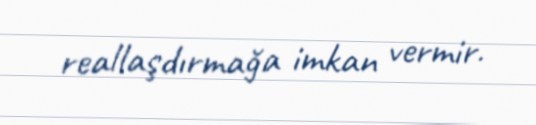
reallaşdırmağa imkan vermir.